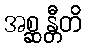
အစ္ဆန္တီတိ